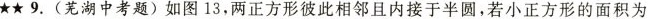
★★9.(湖中考题)如图13，两正方形彼此相邻且内接于半圆，若小正方形的面积为